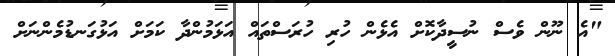
"އެ ނޫން ވެސް ނުސީދާކޮށް އެޅެން ހުރި ހުރަސްތައް އަޅަމުންދާ ކަމަށް އަޅުގަނޑުމެންނަށް